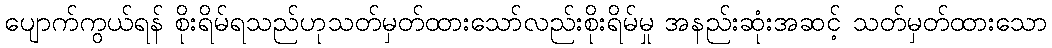
ပျောက်ကွယ်ရန် စိုးရိမ်ရသည်ဟုသတ်မှတ်ထားသော်လည်းစိုးရိမ်မှု အနည်းဆုံးအဆင့် သတ်မှတ်ထားသော